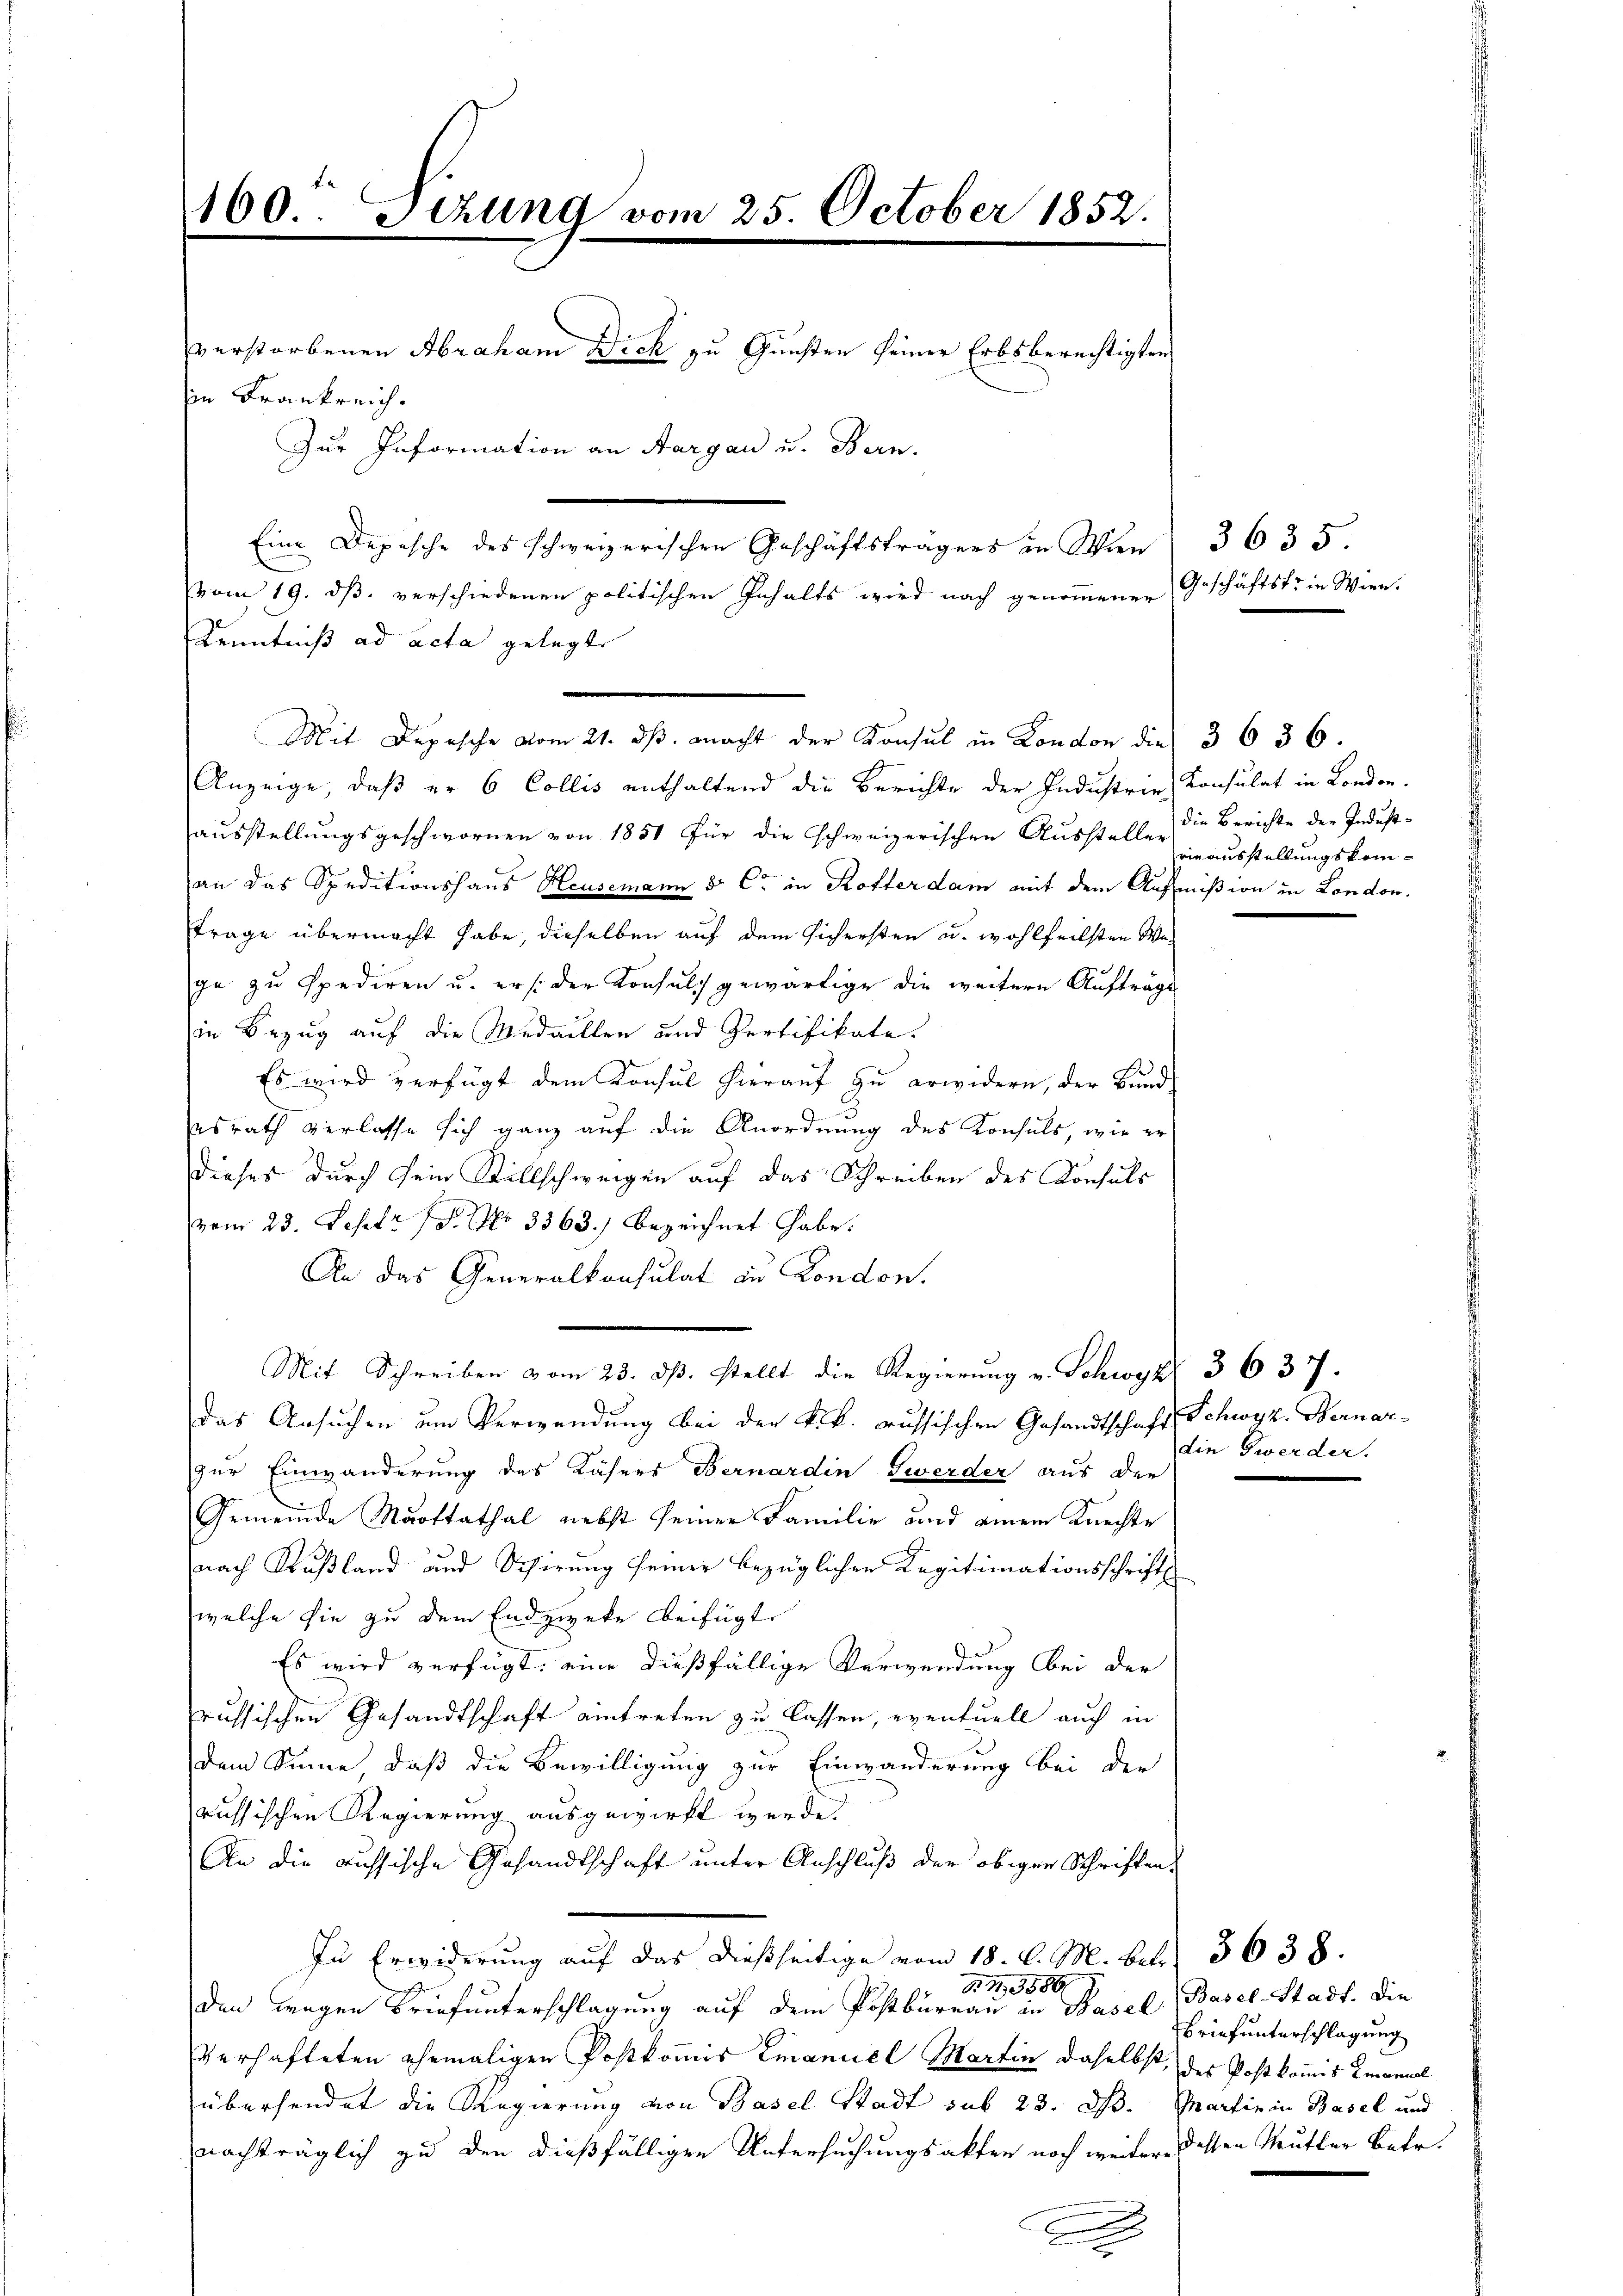
160te Sizung vom 25. October 1852.
verstorbenen Abraham Dich zu Gunsten seiner Erbsberechtigten
in Frankreich.
Zur Information an Aargau u. Bern.
Eine Depesche des schweizerischen Geschäftsträgers an Wien 3635.
vom 19. ds. verschiedenen politischen Inhalts wird nach genommener
Kenntniß ad acta gelegt

Anzeige, daß er 6 Collis enthaltend die Berichte der Industrie Konsulat in London.
aŭsstellungsgeschwornen von 1851 für die schweizerischen Aŭsstelle die Berichte der Indust-
an das Speditionshaus Heusemann 5 C in Kofter dam mit dem Aufmißion in London.
trage übermacht habe, dieselben auf dem sichersten u. wohlfeilsten Wega zu spediren u. erst der Konsulch gewärtige die weitere Aufträge
in Bezug auf die Medaillen und Zertifikate.
Es wird verfügt dem Konsul hierauf zu erwidern, der Bund
esrath verlasse sich ganz auf die Anordnung des Konsuls, wie er
dieses durch sein Stillschweigen auf das Schreiben des Konsuls
vom 23. Sept. 18. No 3363.) bezeichnet habe.
An das Generalkonsulat in London.
Mit Schreiben vom 23. dβ. stellt die Regierung v. Schwyz 36 37.
Das Ansuchen um Verwendung bei der k.k. russischen Gesandtschaft Schwyz. Bernar-
zur Einwänderung des Kasers Bernardin Zwerder aus der
Gemeinde Mottathal nebst seiner Familie und einem Knechte
nach Rußland und Schirung seiner bezüglichen Kagitimationsschrift
welche sie zu dem Endzweke beifügte
Es wird verfügt: eine dießfällige Verwendung bei der
russischen Gesandtschaft eintreten zu lassen, eventuell auch in
dem Sinne, daß die Bewilligung zur Einwänderung bei der
russischen Regierung ausgewirkt werde.
An die aussische Gesandtschaft unter Anschluß der obiger Schriften,
In Erwiderung auf das dießseitige vom 18. d. M. betr. 3638.
B I., 3550.
98
den wegen Briefunterschlagung auf dem Postbureau in Basel, Basel-Stadt. Die
verhafteten ehemaligen Postkomis Emanuel Martin daselbst, des Post kommis Emanuel
übersendet die Regierung von Basel Stadt sub 23. ds. Martin in Basel und
nachträglich zu den dießfälligen Untersuchungsakten noch weiter dessen Mutter Betr.
e

Mit Depesche vom 21. ds. macht der Konsul in London die 3 636.

Geschäftstrin Wien.

rieausstellungskom¬

die Zwerder.

BBrief unterschlagung